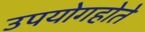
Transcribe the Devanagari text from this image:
उपयोगहोते